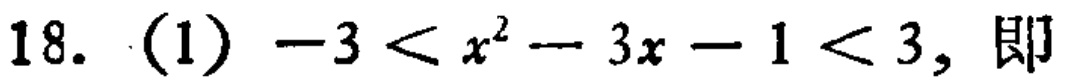
18. (1) \(-3 < x^{2}-3x - 1 < 3\), 即